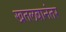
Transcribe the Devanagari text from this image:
खतलबानंतर